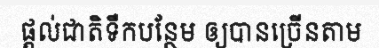
ផ្តល់ជាតិទឹកបន្ថែម ឲ្យបានច្រើនតាម